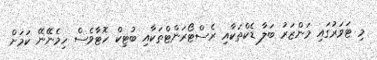
މި ޓަވަރުގައި މަންޒަރު ބަލާ ޑެކްތަކާއި ރެސްޓޯރަންޓްތަކާއި ބުޓިކް ހޮޓާވެސް ހިމެނޭނޭ ކަމަށް